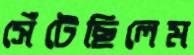
সেঁটেছিলেম